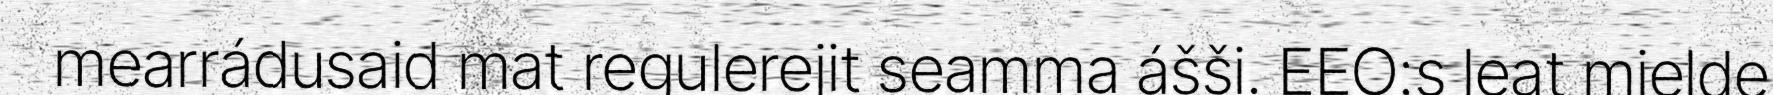
mearrádusaid mat regulerejit seamma ášši. EEO:s leat mielde